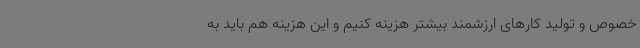
خصوص و تولید کارهای ارزشمند بیشتر هزینه کنیم و این هزینه هم باید به